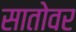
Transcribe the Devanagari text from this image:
सातोवर